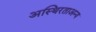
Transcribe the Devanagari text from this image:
अस्थिरताअन्य